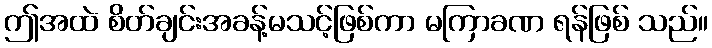
ဤအထဲ စိတ်ချင်းအခန့်မသင့်ဖြစ်ကာ မကြာခဏ ရန်ဖြစ် သည်။